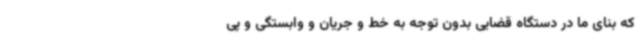
که بنای ما در دستگاه قضایی بدون توجه به خط و جریان و وابستگی و پی